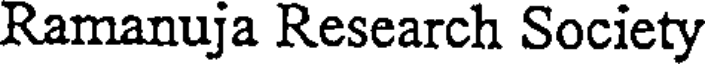
Ramanuja Research Society